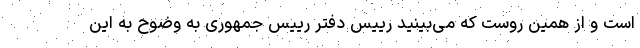
است و از همین روست که می‌بینید رییس دفتر رییس جمهوری به وضوح به این